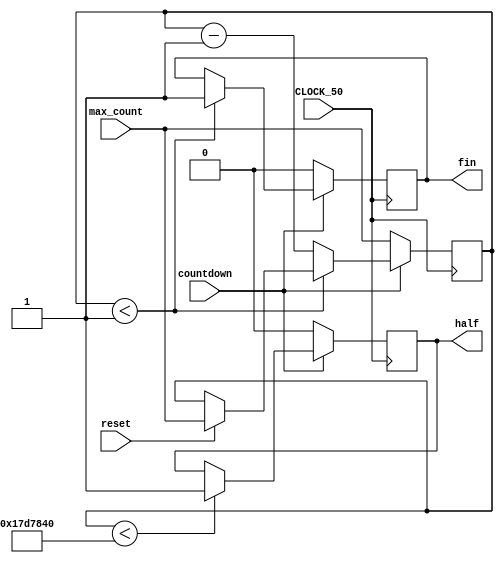
/**
 *	slike_rd_v1.1.01_sensors
 *	
 *	by Graham Sider
 *	& Michael Hong
 *	
 *	UofT 2T0
 *	ECE241 2017
 */

module slike_rd(
	reset,
	CLOCK_50,
	max_count,
	countdown,
	
	fin,
	half
);
	
	input reset, CLOCK_50;
	input [25:0] max_count;
	input countdown;
	
	reg [25:0] counter;
	output reg fin;
	output reg half;
	
	always@(posedge CLOCK_50)
	begin
		if (countdown == 1'b1)
			begin
				if (reset == 1'b1)
					counter <= max_count;
				if (counter < 26'd25000000) // counter < (max_count/2)
					half <= 1'b1;
				if (counter < 26'd1)
					fin <= 1'b1;
				else
					counter <= counter - 1'b1;
			end
		else
			begin
				counter <= max_count;
				fin <= 1'b0;
				half <= 1'b0;
			end
	end
	
endmodule